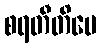
စရတီတိပေ